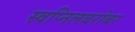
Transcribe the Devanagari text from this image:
स्वप्निलबरोबर